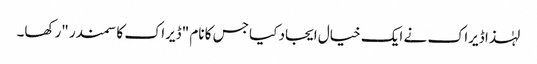
لہٰذا ڈیراک نے ایک خیال ایجاد کیا جس کا نام "ڈیراک کا سمندر "رکھا۔